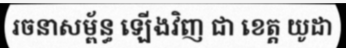
រចនាសម្ព័ន្ធ ឡើងវិញ ជា ខេត្ត យូដា